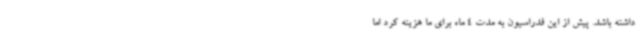
داشته باشد. پیش از این فدراسیون به مدت 4 ماه برای ما هزینه کرد اما